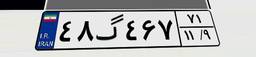
۷۱گ۳۰۱۳۶